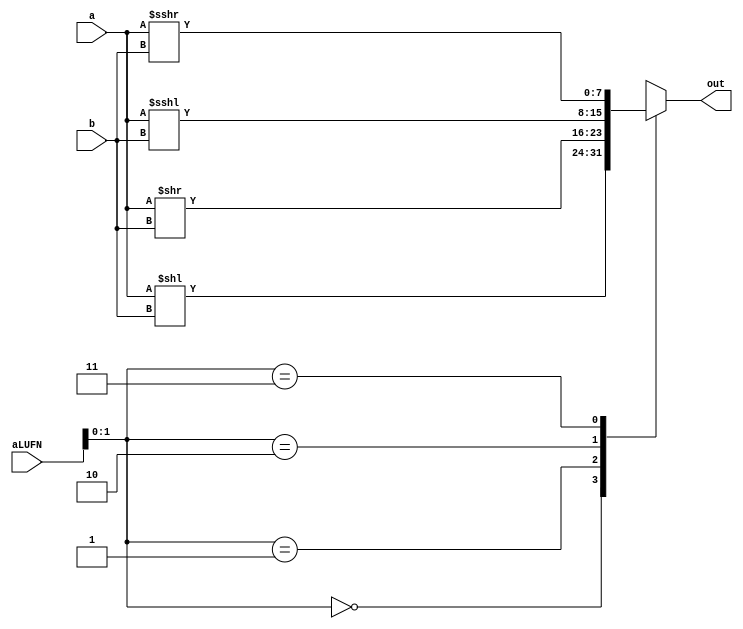
/*
   This file was generated automatically by the Mojo IDE version B1.3.5.
   Do not edit this file directly. Instead edit the original Lucid source.
   This is a temporary file and any changes made to it will be destroyed.
*/

module shifter_6 (
    output reg [7:0] out,
    input [7:0] a,
    input [2:0] b,
    input [5:0] aLUFN
  );
  
  
  
  always @* begin
    
    case (aLUFN[0+1-:2])
      1'h0: begin
        out = a << b;
      end
      1'h1: begin
        out = a >> b;
      end
      2'h2: begin
        out = $signed(a) <<< b;
      end
      2'h3: begin
        out = $signed(a) >>> b;
      end
      default: begin
        out = 1'h0;
      end
    endcase
  end
endmodule